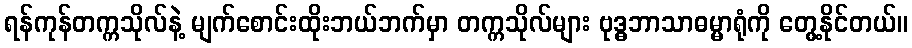
ရန်ကုန်တက္ကသိုလ်နဲ့ မျက်စောင်းထိုးဘယ်ဘက်မှာ တက္ကသိုလ်များ ဗုဒ္ဓဘာသာဓမ္မာရုံကို တွေ့နိုင်တယ်။